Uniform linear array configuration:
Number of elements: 48
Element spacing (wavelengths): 0.75
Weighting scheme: binomial
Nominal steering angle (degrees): -45
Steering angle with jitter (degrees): -44.352
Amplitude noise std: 0.05
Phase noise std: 0.05

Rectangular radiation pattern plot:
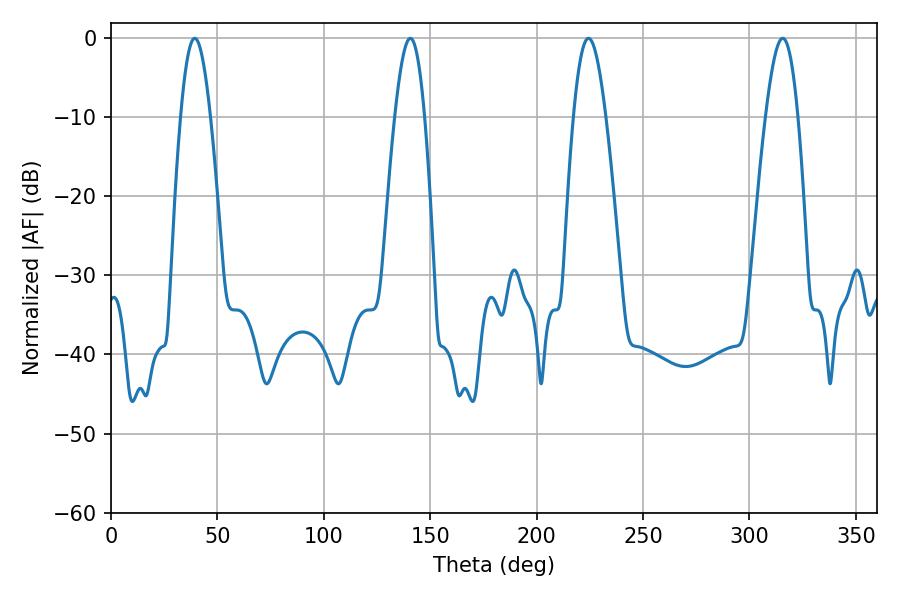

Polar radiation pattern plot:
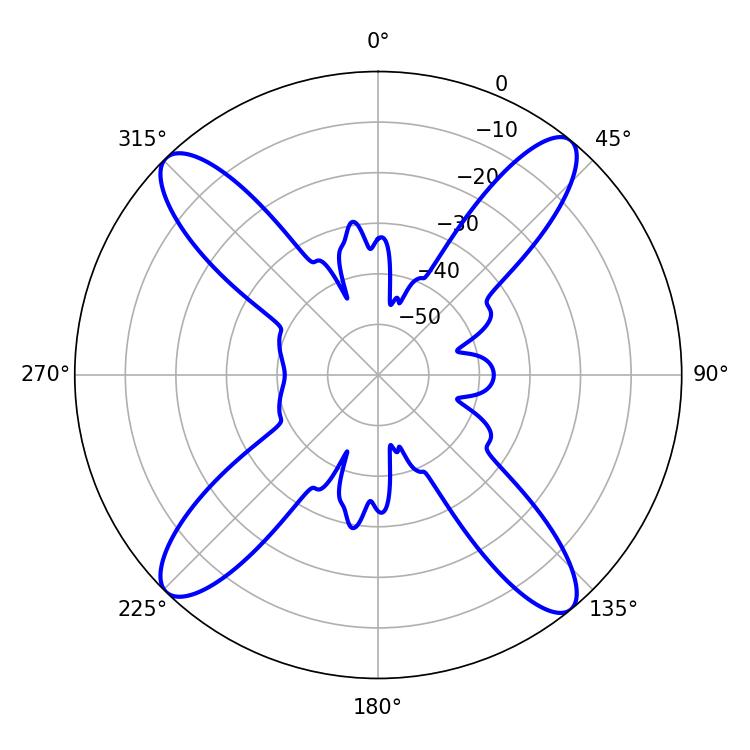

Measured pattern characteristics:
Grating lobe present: TRUE
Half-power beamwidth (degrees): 7.56
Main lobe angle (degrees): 39.42